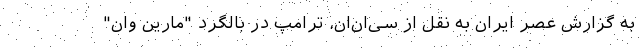
به گزارش عصر ایران به نقل از سی‌ان‌ان، ترامپ در بالگرد "مارین وان"